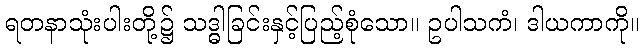
ရတနာသုံးပါးတို့၌ သဒ္ဓါခြင်းနှင့်ပြည့်စုံသော။ ဥပါသကံ၊ ဒါယကာကို။